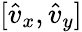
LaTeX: [\hat{v}_{x},\hat{v}_{y}]